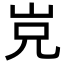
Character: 𡶢